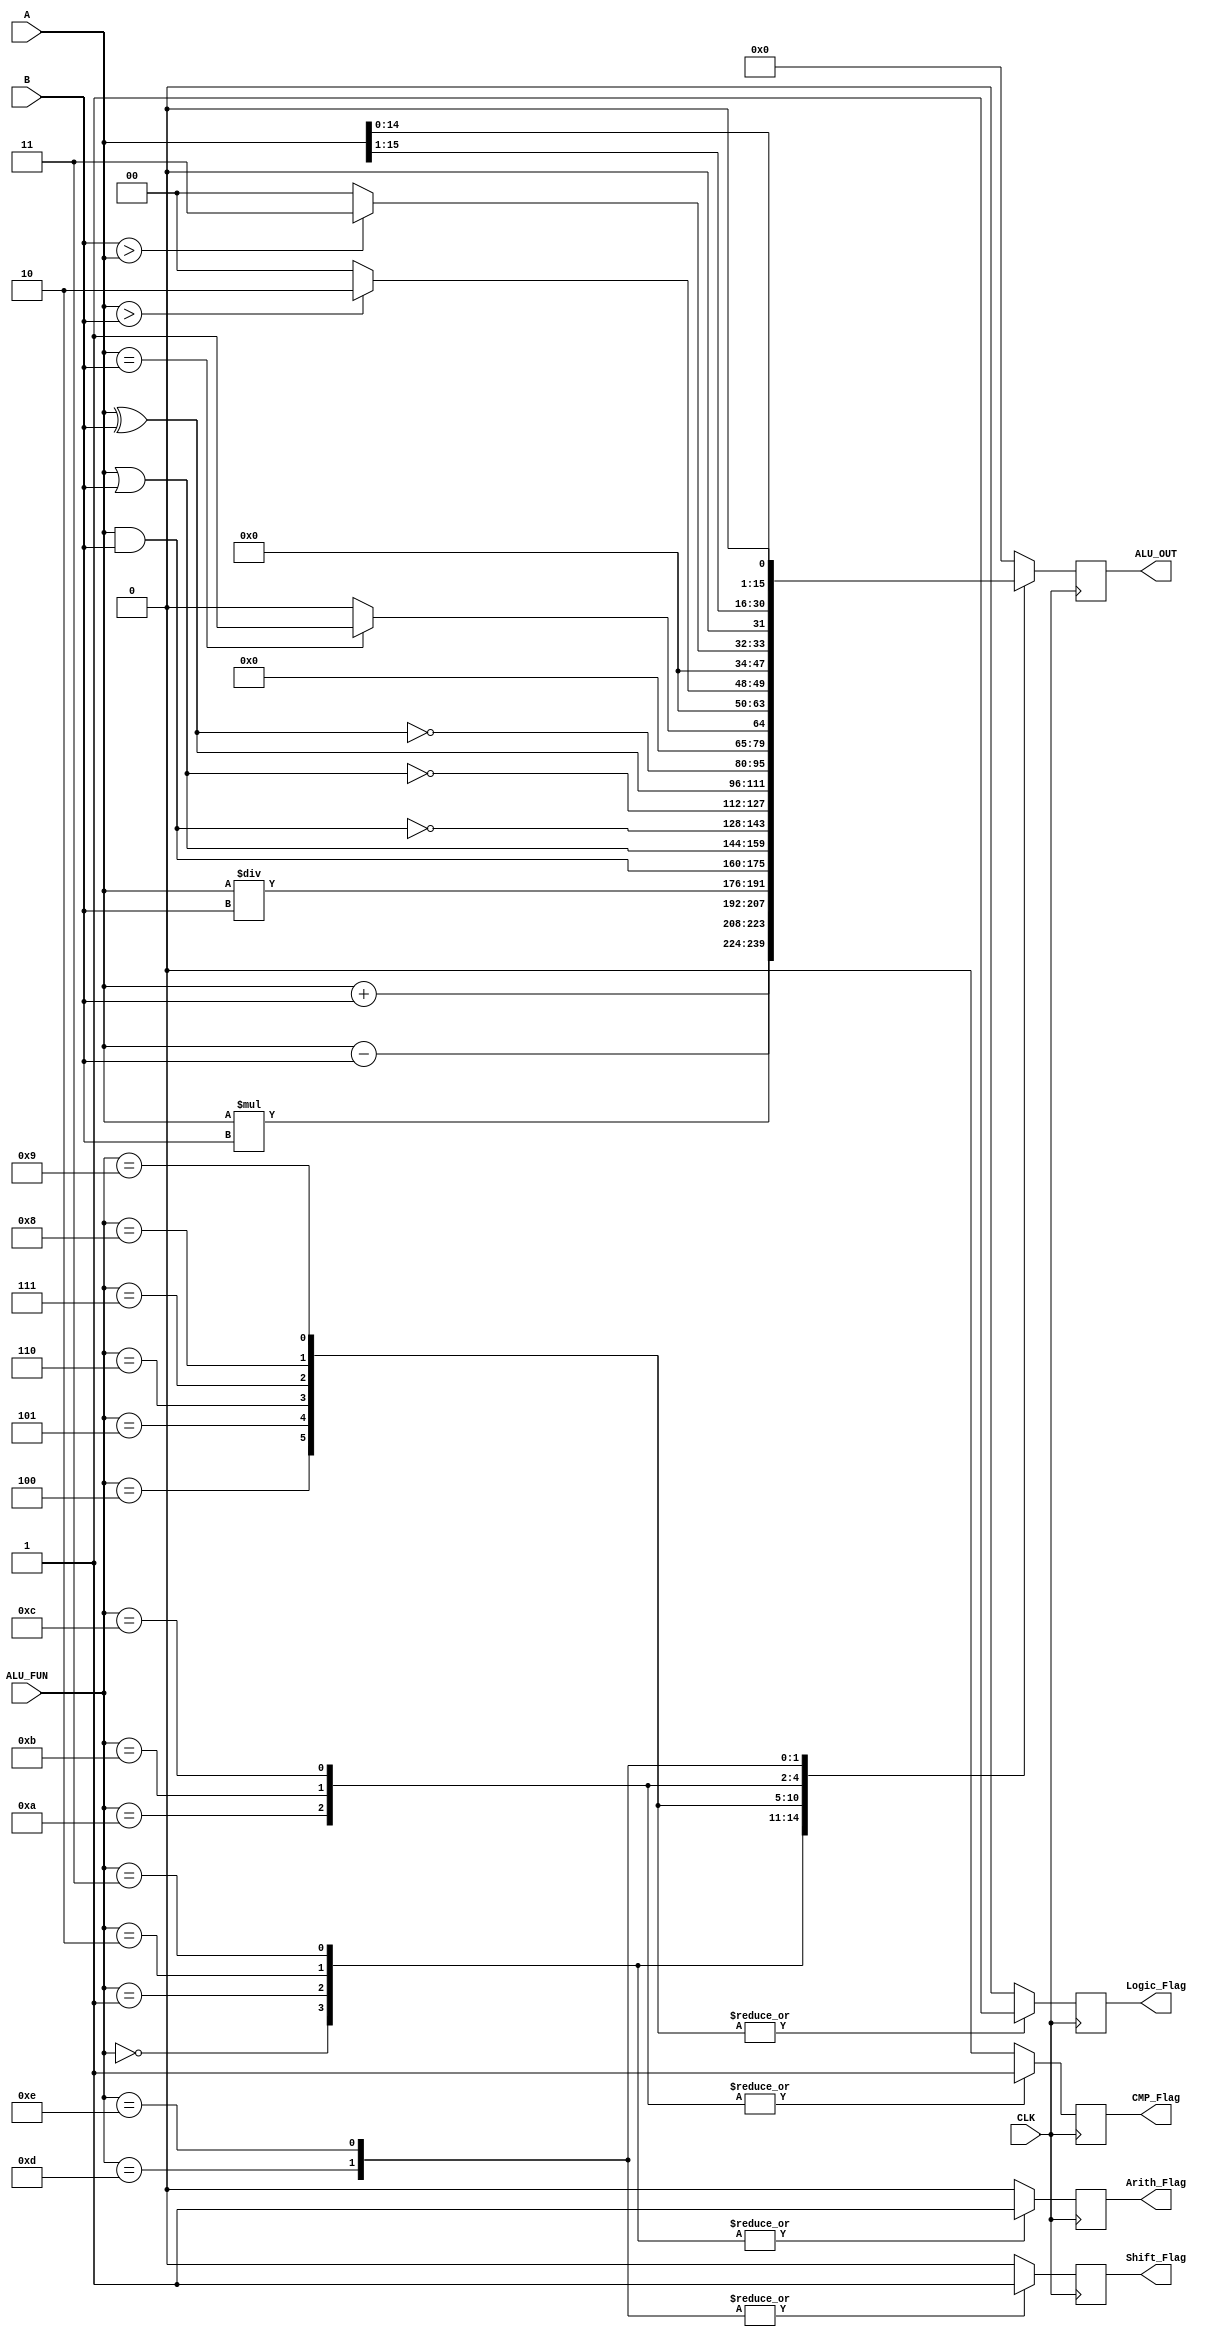
module ALU16BIT (
  input wire [15:0] A,
  input wire [15:0] B,
  input wire [3:0]  ALU_FUN,
  input wire        CLK,
  output reg [15:0] ALU_OUT,
  output reg        Arith_Flag,
  output reg        Logic_Flag,
  output reg        CMP_Flag,
  output reg        Shift_Flag
  );
  
  reg [15:0] result;
  reg        arith,logic,compar,shift;
  
  always @ (*)
  begin
    case (ALU_FUN)
      4'b0000 : begin
        result = A + B;
        arith = 1'b1;
        logic = 1'b0;
        compar = 1'b0;
        shift = 1'b0;
      end
      4'b0001 : begin
        result = A - B;
        arith = 1'b1;
        logic = 1'b0;
        compar = 1'b0;
        shift = 1'b0;
      end
      4'b0010 : begin
        result = A * B;
        arith = 1'b1;
        logic = 1'b0;
        compar = 1'b0;
        shift = 1'b0;
      end
      4'b0011 : begin
        result = A / B;
        arith = 1'b1;
        logic = 1'b0;
        compar = 1'b0;
        shift = 1'b0;
      end
      4'b0100 : begin
        result = A & B;
        arith = 1'b0;
        logic = 1'b1;
        compar = 1'b0;
        shift = 1'b0;
      end
      4'b0101 : begin
        result = A | B;
        arith = 1'b0;
        logic = 1'b1;
        compar = 1'b0;
        shift = 1'b0;
      end
      4'b0110 : begin
        result = ~(A & B);
        arith = 1'b0;
        logic = 1'b1;
        compar = 1'b0;
        shift = 1'b0;
      end
      4'b0111 : begin
        result = ~(A | B);
        arith = 1'b0;
        logic = 1'b1;
        compar = 1'b0;
        shift = 1'b0;
      end
      4'b1000 : begin
        result = A ^ B;
        arith = 1'b0;
        logic = 1'b1;
        compar = 1'b0;
        shift = 1'b0;
      end
      4'b1001 : begin
        result = ~(A ^ B);
        arith = 1'b0;
        logic = 1'b1;
        compar = 1'b0;
        shift = 1'b0;
      end
      4'b1010 : begin
        if (A == B)
          begin
            result = 16'h0001;
          end
        else
          begin
            result = 16'h0000;
          end
        arith = 1'b0;
        logic = 1'b0;
        compar = 1'b1;
        shift = 1'b0;
      end
      4'b1011 : begin
        if (A > B)
          begin
            result = 16'h0002;
          end
        else
          begin
            result = 16'h0000;
          end
        arith = 1'b0;
        logic = 1'b0;
        compar = 1'b1;
        shift = 1'b0;
      end
      4'b1100 : begin
        if (B > A)
          begin
            result = 16'h0003;
          end
        else
          begin
            result = 16'h0000;
          end
        arith = 1'b0;
        logic = 1'b0;
        compar = 1'b1;
        shift = 1'b0; 
      end
      4'b1101 : begin
        result = A >> 1'b1;
        arith = 1'b0;
        logic = 1'b0;
        compar = 1'b0;
        shift = 1'b1;
      end
      4'b1110 : begin
        result = A << 1'b1;
        arith = 1'b0;
        logic = 1'b0;
        compar = 1'b0;
        shift = 1'b1; 
      end
      default : begin
        result = 16'h0000;
        arith = 1'b0;
        logic = 1'b0;
        compar = 1'b0;
        shift = 1'b0;
      end
    endcase
  end
  
  always @ (posedge CLK)
  begin
    ALU_OUT <= result;
    Arith_Flag <= arith;
    Logic_Flag <= logic;
    CMP_Flag <= compar;
    Shift_Flag <= shift;
  end

endmodule